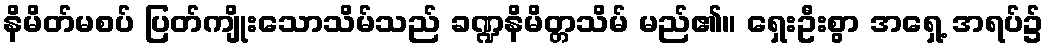
နိမိတ်မစပ် ပြတ်ကျိုးသောသိမ်သည် ခဏ္ဍနိမိတ္တသိမ် မည်၏။ ရှေးဦးစွာ အရှေ့ အရပ်၌